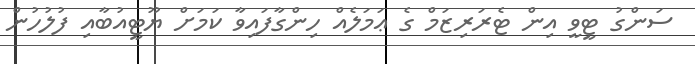
ސަންގު ޓީވީ އިން ޓެރަރިޒަމް ގެ ޢަމަލެއް ހިންގާފައިވާ ކަމަށް ޔޫޓީއުބާއި ފުލުހުން